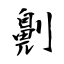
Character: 劓